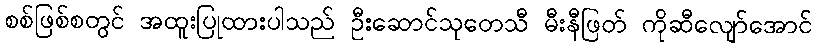
စစ်ဖြစ်စတွင် အထူးပြုထားပါသည် ဦးဆောင်သုတေသီ မီးနီဖြတ် ကိုဆီလျော်အောင်